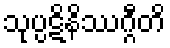
သုပ္ပဋိနိဿဂ္ဂီတိ